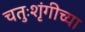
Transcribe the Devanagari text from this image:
चतुःशृंगीच्या